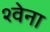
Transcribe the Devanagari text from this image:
श्वेना